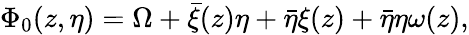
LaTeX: \Phi_{0}(z,\eta)=\Omega+\bar{\xi}(z)\eta+\bar{\eta}\xi(z)+\bar{\eta}\eta\omega(z),